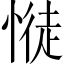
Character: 𢟎